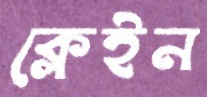
ক্লেইন